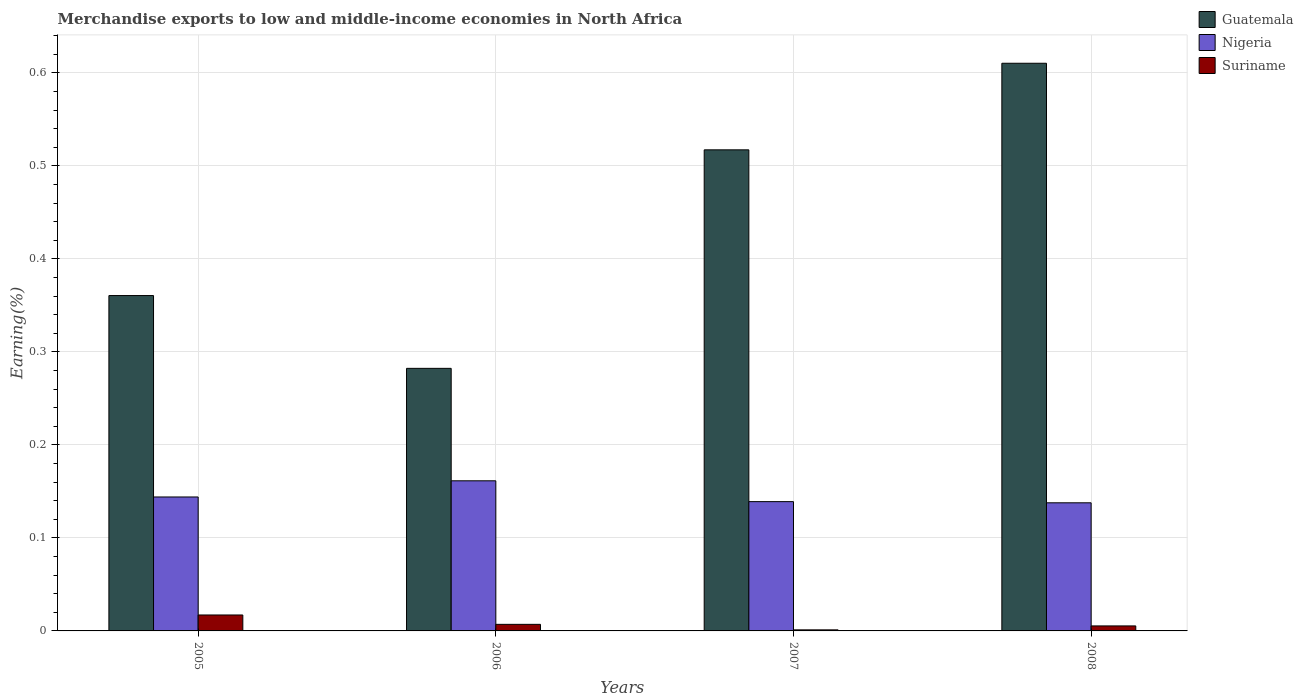
| Years | Guatemala | Nigeria | Suriname |
 | --- | --- | --- | --- |
 | 2005 | 0.361 | 0.144 | 0.0172 |
 | 2006 | 0.282 | 0.161 | 0.00707 |
 | 2007 | 0.517 | 0.139 | 0.00114 |
 | 2008 | 0.61 | 0.138 | 0.00538 |